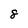
Character: 8